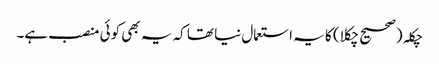
چکلہ (صحیح چکلا) کا یہ استعمال نیا تھا کہ یہ بھی کوئی منصب ہے۔